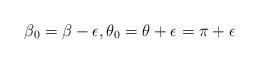
LaTeX: \begin{align*} \beta_0=\beta-\epsilon,\theta_0=\theta+\epsilon=\pi+\epsilon\end{align*}